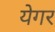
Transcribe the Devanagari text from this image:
येगर